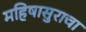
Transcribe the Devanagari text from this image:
महिषासुराचा